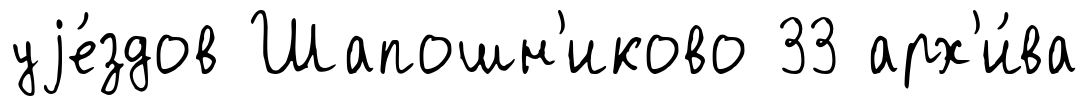
уjе́здов Шапошн'иково 33 арх'и́ва